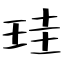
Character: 珪